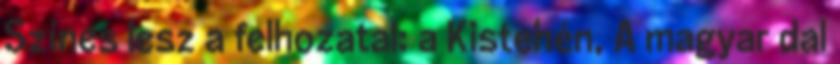
Színes lesz a felhozatal: a Kistehén, A magyar dal